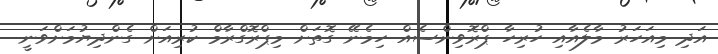
އަދި މިއަހަރު މާލެއާއި ހުރިހާ ޕްރޮވިންސެއް ހިމެނޭ ގޮތަށް މިޕްރޮގްރާމް ކުރިއަށް ގެންދިޔުމަށްވަނީ